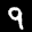
Label: 9